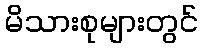
မိသားစုများတွင်